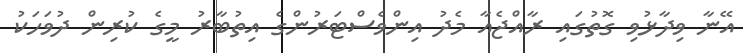
އޭނާ ވިދާޅުވި ގޮތުގައި ރާއްޖެއާ މެދު އިންވެސްޓަރުންގެ އިތުބާރު މީގެ ކުރިން ދުވަހަކު